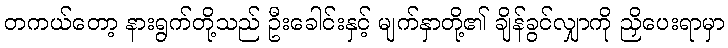
တကယ်တော့ နားရွက်တို့သည် ဦးခေါင်းနှင့် မျက်နှာတို့၏ ချိန်ခွင်လျှာကို ညှိပေးရာမှာ